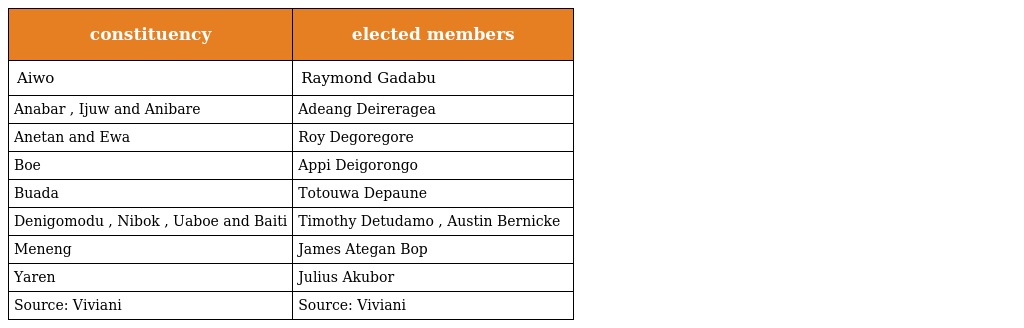
| constituency | elected members |
 | --- | --- |
 | Aiwo | Raymond Gadabu |
 | Anabar , Ijuw and Anibare | Adeang Deireragea |
 | Anetan and Ewa | Roy Degoregore |
 | Boe | Appi Deigorongo |
 | Buada | Totouwa Depaune |
 | Denigomodu , Nibok , Uaboe and Baiti | Timothy Detudamo , Austin Bernicke |
 | Meneng | James Ategan Bop |
 | Yaren | Julius Akubor |
 | Source: Viviani | Source: Viviani |